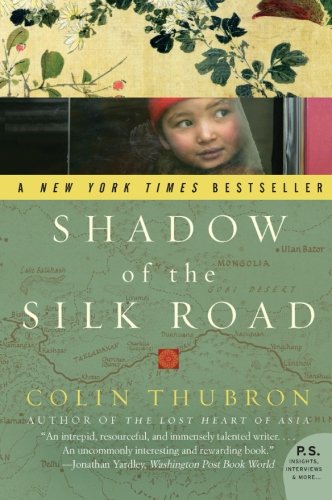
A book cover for Shadow of the Silk Road (P.S.); Colin Thubron; Travel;